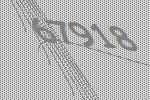
67918